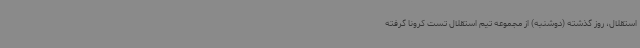
استقلال، روز گذشته (دوشنبه) از مجموعه تیم استقلال تست کرونا گرفته